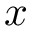
x